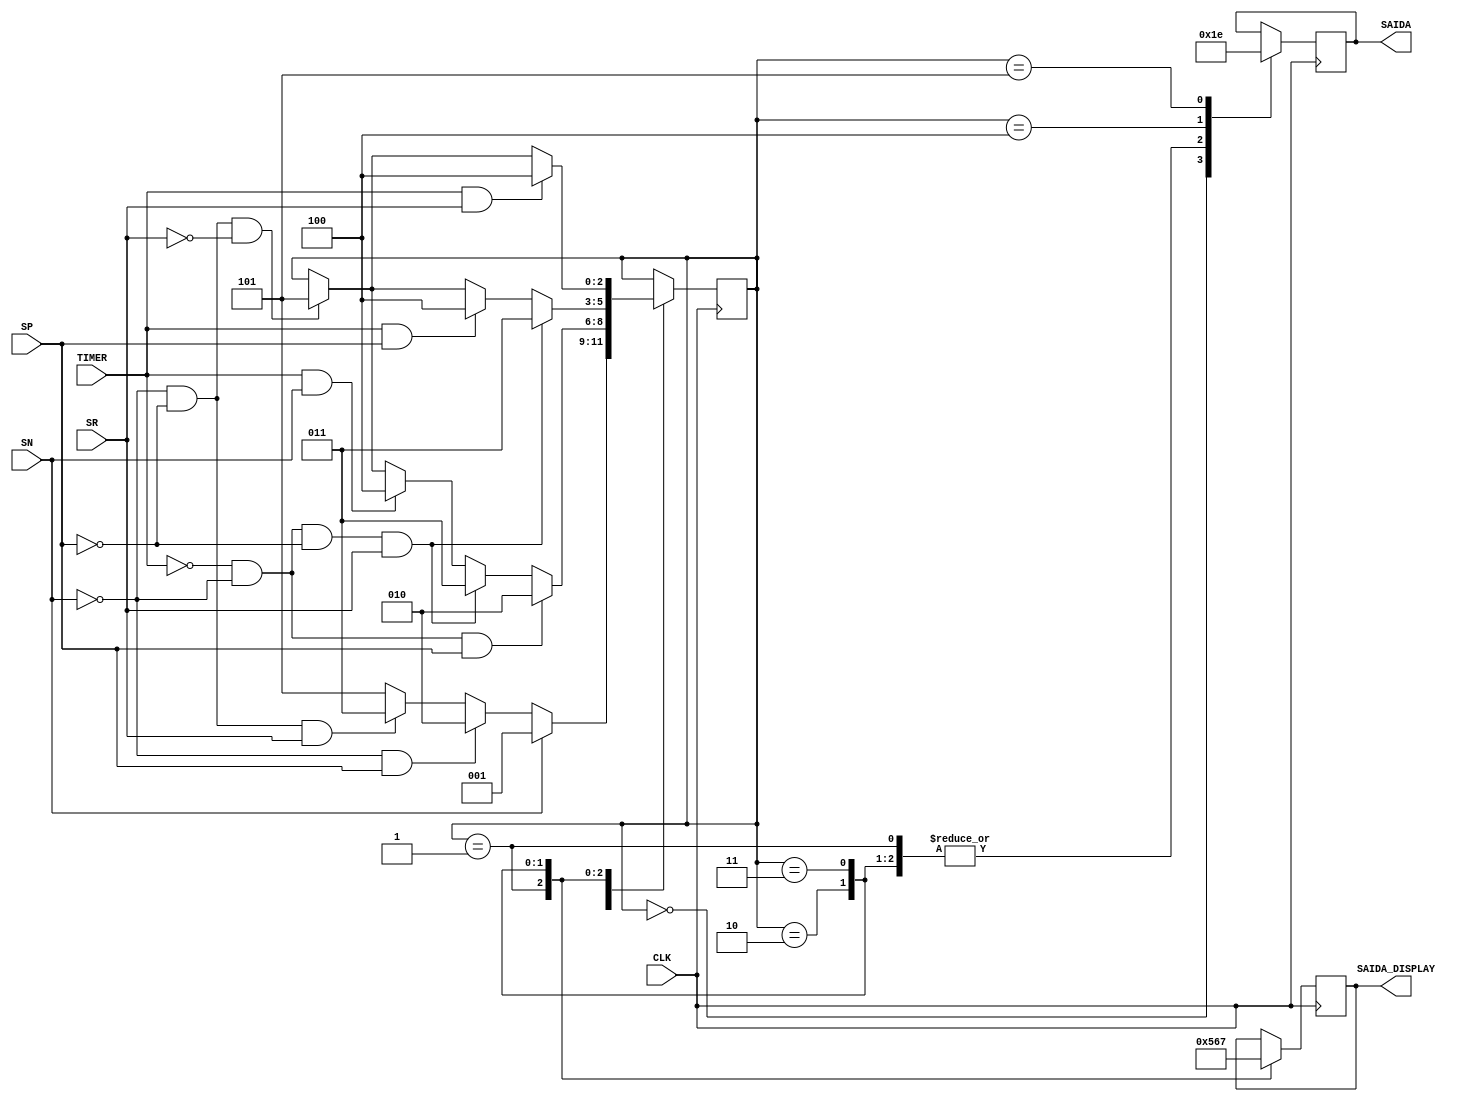
module MaquinaSensores(CLK, TIMER, SN, SP, SR, SAIDA, SAIDA_DISPLAY);

	input CLK, TIMER, SN, SP, SR;
	output reg [1:0] SAIDA;
	output reg [3:0] SAIDA_DISPLAY;
	
	reg [2:0] ESTADO;
	parameter ANALISE = 3'b000 ;
	parameter ERRO_AGUA = 3'b001 ;
	parameter ERRO_CAPSULA= 3'b010 ;
	parameter ERRO_COPO = 3'b011 ;
	parameter ERRO_SENSORES = 3'b100 ;
	parameter SEM_ERROS = 3'b101;
	
	always @ ( posedge CLK )
		case (ESTADO)
			
			ANALISE: begin
				if (SN) ESTADO = ERRO_AGUA;
				else if (!SN && SP) ESTADO = ERRO_CAPSULA;
				else if (!SN && !SP && SR) ESTADO = ERRO_COPO;
				else ESTADO = SEM_ERROS;
				SAIDA = 2'b00;
			end
			
			ERRO_AGUA: begin
				if (!TIMER && !SN && SP) ESTADO = ERRO_CAPSULA;
				else if (!TIMER && !SN && !SP && SR) ESTADO = ERRO_COPO;
				else if (TIMER && SN) ESTADO = ERRO_SENSORES;
				else if (!SN && !SP && !SR) ESTADO = SEM_ERROS;
				SAIDA = 2'b01;
				SAIDA_DISPLAY = 4'b0101;
			end
			
			ERRO_CAPSULA: begin
				if (!TIMER && !SN && !SP && SR) ESTADO = ERRO_COPO;
				else if (TIMER && SP) ESTADO = ERRO_SENSORES;
				else if (!SN && !SP && !SR) ESTADO = SEM_ERROS;
				SAIDA = 2'b01;
				SAIDA_DISPLAY = 4'b0110;
			end
			
			ERRO_COPO: begin
				if (TIMER && SR) ESTADO = ERRO_SENSORES;
				else if (!SN && !SP && !SR) ESTADO = SEM_ERROS;
				SAIDA = 2'b01;
				SAIDA_DISPLAY = 4'b0111;
			end
			
			ERRO_SENSORES:begin
				SAIDA = 2'b11;
			end

			SEM_ERROS:begin
				SAIDA = 2'b10;
			end
		endcase
endmodule